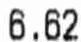
6.62